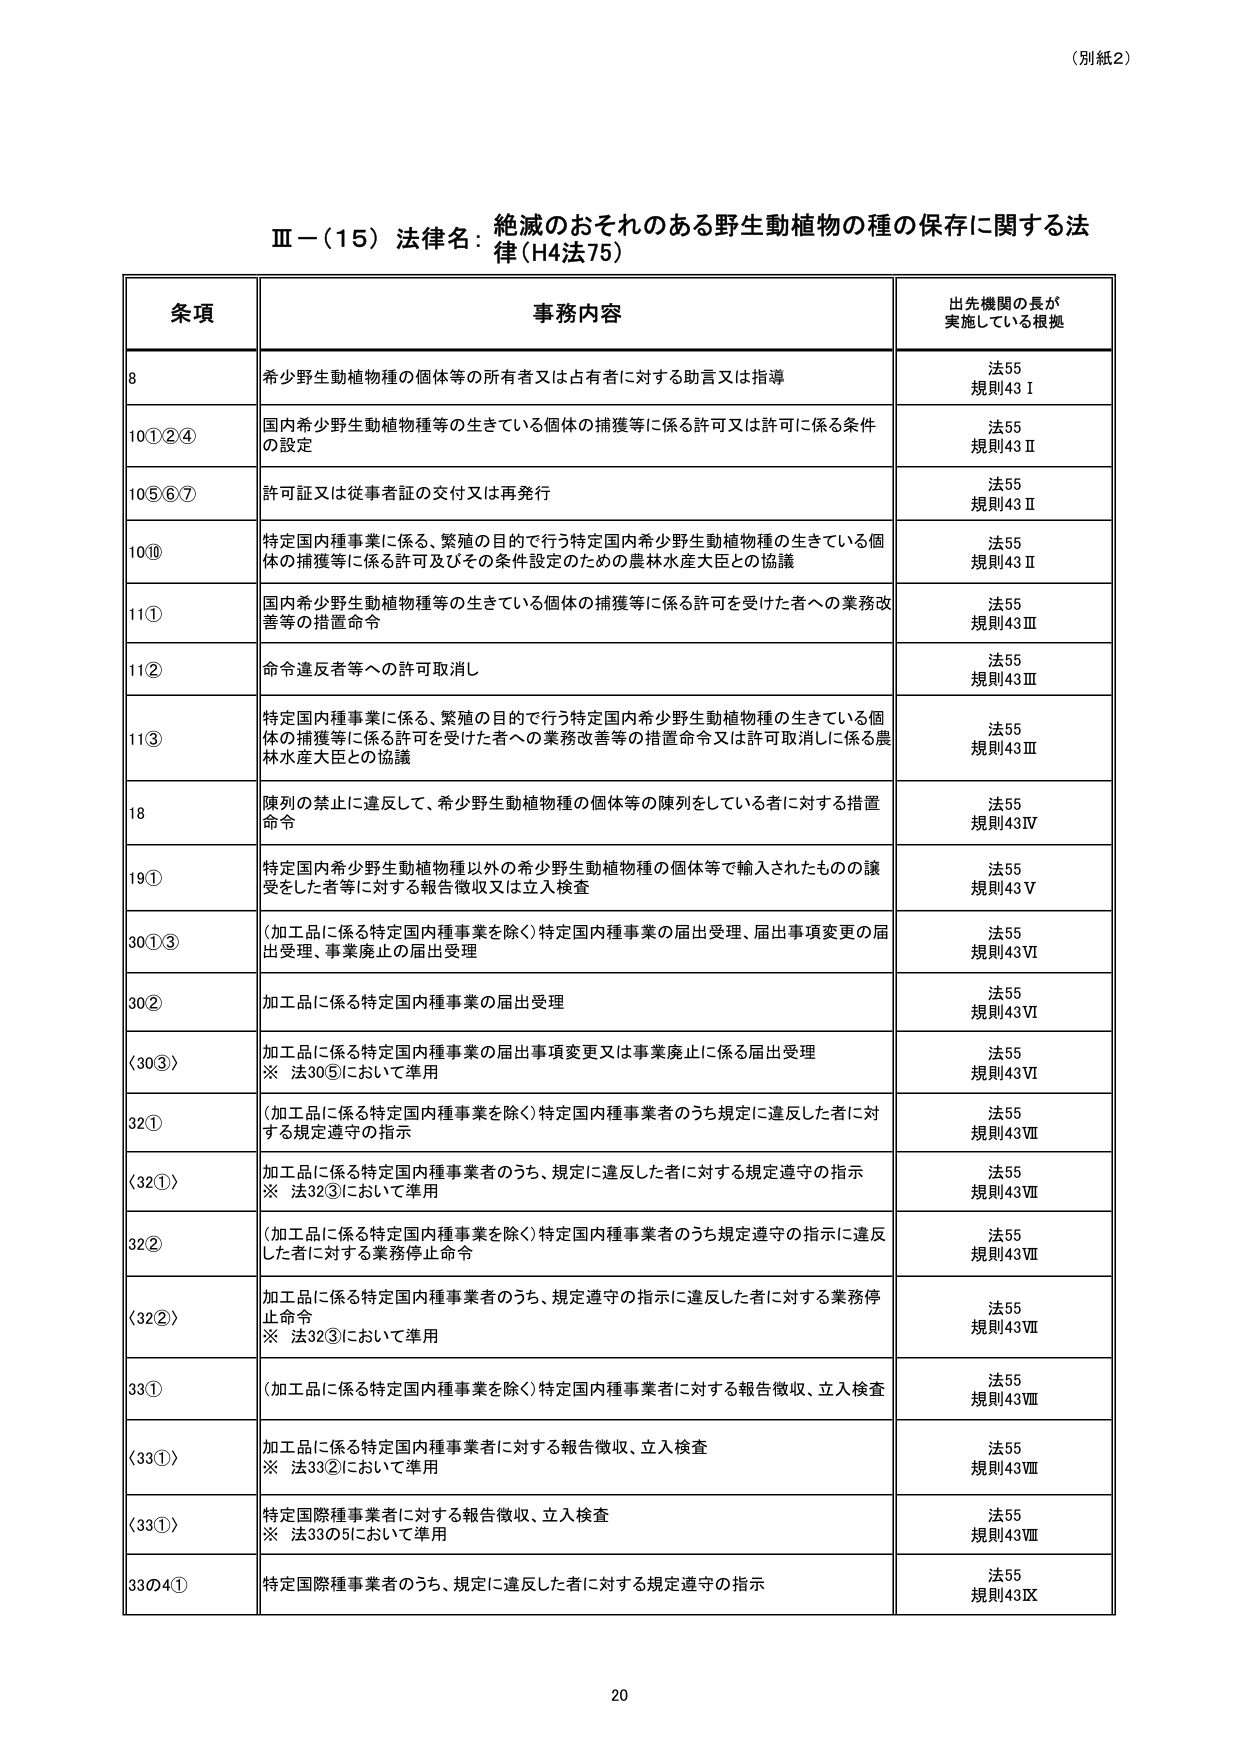
（別紙2）

Ⅲ－（15）法律名：絶滅のおそれのある野生動植物の種の保存に関する法律（H4法75）

条項 事務内容 出先機関の長が実施している根拠

8 希少野生動植物種の個体等の所有者又は占有者に対する助言又は指導 法55 規則43Ⅰ

10①②④ 国内希少野生動植物種等の生きている個体の捕獲等に係る許可又は許可に係る条件の設定 法55 規則43Ⅱ

10⑤⑥⑦ 許可証又は従事者証の交付又は再発行 法55 規則43Ⅱ

10⑩ 特定国内種事業に係る、繁殖の目的で行う特定国内希少野生動植物種の生きている個体の捕獲等に係る許可及びその条件設定のための農林水産大臣との協議 法55 規則43Ⅱ

11① 国内希少野生動植物種等の生きている個体の捕獲等に係る許可を受けた者への業務改善等の措置命令 法55 規則43Ⅲ

11② 命令違反者等への許可取消し 法55 規則43Ⅲ

11③ 特定国内種事業に係る、繁殖の目的で行う特定国内希少野生動植物種の生きている個体の捕獲等に係る許可を受けた者への業務改善等の措置命令又は許可取消しに係る農林水産大臣との協議 法55 規則43Ⅲ

18 陳列の禁止に違反して、希少野生動植物種の個体等の陳列をしている者に対する措置命令 法55 規則43Ⅳ

19① 特定国内希少野生動植物種以外の希少野生動植物種の個体等で輸入されたものの譲受をした者等に対する報告徴収又は立入検査 法55 規則43Ⅴ

30①③ （加工品に係る特定国内種事業を除く）特定国内種事業の届出受理、届出事項変更の届出受理、事業廃止の届出受理 法55 規則43Ⅵ

30② 加工品に係る特定国内種事業の届出受理 法55 規則43Ⅵ

（30③） 加工品に係る特定国内種事業の届出事項変更又は事業廃止に係る届出受理 ※ 法30⑤において準用 法55 規則43Ⅵ

32① （加工品に係る特定国内種事業を除く）特定国内種事業者のうち規定に違反した者に対する規定遵守の指示 法55 規則43Ⅶ

（32①） 加工品に係る特定国内種事業者のうち、規定に違反した者に対する規定遵守の指示 ※ 法32③において準用 法55 規則43Ⅶ

32② （加工品に係る特定国内種事業を除く）特定国内種事業者のうち規定遵守の指示に違反した者に対する業務停止命令 法55 規則43Ⅶ

（32②） 加工品に係る特定国内種事業者のうち、規定遵守の指示に違反した者に対する業務停止命令 ※ 法32③において準用 法55 規則43Ⅶ

33① （加工品に係る特定国内種事業を除く）特定国内種事業者に対する報告徴収、立入検査 法55 規則43Ⅷ

（33①） 加工品に係る特定国内種事業者に対する報告徴収、立入検査 ※ 法33②において準用 法55 規則43Ⅷ

（33①） 特定国際種事業者に対する報告徴収、立入検査 ※ 法33の5において準用 法55 規則43Ⅷ

33の4① 特定国際種事業者のうち、規定に違反した者に対する規定遵守の指示 法55 規則43Ⅸ

20